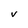
Character: V